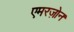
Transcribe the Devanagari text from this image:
एमरज़ोन